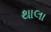
થાલા